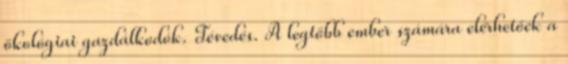
ökológiai gazdálkodók. Tévedés. A legtöbb ember számára elérhetőek a